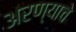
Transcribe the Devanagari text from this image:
अरण्याचे